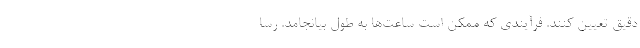
دقیق تعیین کنند. فرآیندی که ممکن است ساعت‌ها به طول بیانجامد. رسا